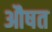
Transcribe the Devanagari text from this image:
औषत